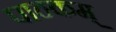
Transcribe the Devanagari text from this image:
पाठकम्